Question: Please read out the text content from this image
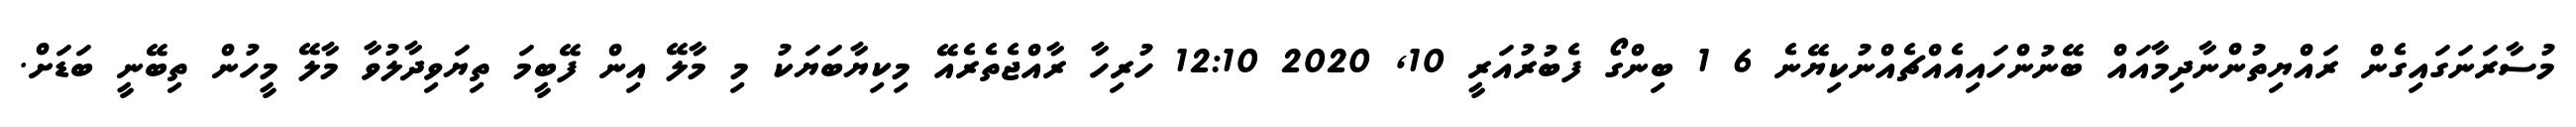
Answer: މުސާރަނަގައިގެން ރައްޔިތުންނާދިމާއައް ބޭނުންހައިއެއްޗެއްނުކިޔޭނެ 6 1 ބިންގޯ ފެބުރުއަރީ 10, 2020 12:10 ހުރިހާ ރާއްޖެތެރެއޭ މިކިޔާބަޔަކު މި މާލޭ އިން ފޭބީމަ ތިޔަވިދާލުވާ މާލޭ މީހުން ތިބޭނީ ބަޑަށް.